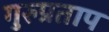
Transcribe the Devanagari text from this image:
गुरुप्रताप